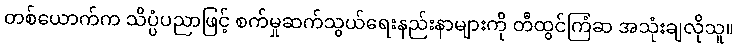
တစ်ယောက်က သိပ္ပံပညာဖြင့် စက်မှုဆက်သွယ်ရေးနည်းနာများကို တီထွင်ကြံဆ အသုံးချလိုသူ။